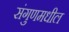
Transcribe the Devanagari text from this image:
संगुणमधील